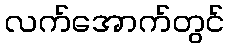
လက်အောက်တွင်